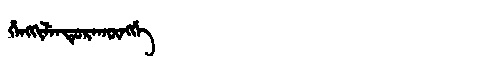
Manchu: ᡥᡝᠩᡴᡳᠯᡝᠨᡩᡠᡵᠠᡴᡡᠩᡤᡝ
Romanization: HENGKILENDURAKŪNGGE